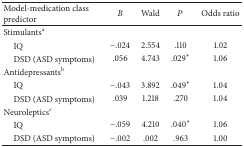
<table><thead><tr><td><b>Model-medication class predictor</b></td><td><b><i>B </i></b></td><td><b>Wald</b></td><td><b><i>P</i></b></td><td><b>Odds ratio</b></td></tr></thead><tbody><tr><td>Stimulants<sup>a</sup></td><td> </td><td> </td><td> </td><td> </td></tr><tr><td> IQ</td><td>−.024</td><td>2.554</td><td>.110</td><td>1.02</td></tr><tr><td> DSD (ASD symptoms)</td><td>.056</td><td>4.743</td><td>.029*</td><td>1.06</td></tr><tr><td>Antidepressants<sup>b</sup></td><td> </td><td> </td><td> </td><td> </td></tr><tr><td> IQ</td><td>−.043</td><td>3.892</td><td>.049*</td><td>1.04</td></tr><tr><td> DSD (ASD symptoms)</td><td>.039</td><td>1.218</td><td>.270</td><td>1.04</td></tr><tr><td>Neuroleptics<sup>c</sup></td><td> </td><td> </td><td> </td><td> </td></tr><tr><td> IQ</td><td>−.059</td><td>4.210</td><td>.040*</td><td>1.06</td></tr><tr><td> DSD (ASD symptoms)</td><td>−.002</td><td>.002</td><td>.963</td><td>1.00</td></tr></tbody></table>